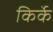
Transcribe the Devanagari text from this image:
किर्के